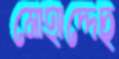
মোহাদ্দেছ